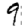
Digit: 9